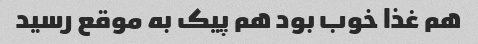
هم غذا خوب بود هم پیک به موقع رسید